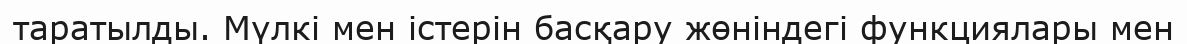
таратылды. Мүлкі мен істерін басқару жөніндегі функциялары мен